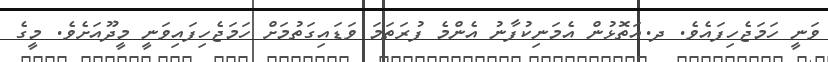
ވަނީ ހަމަޖެހިފައެވެ. ދ.އަތޮޅުން އެމަނިކުފާނު އެންމެ ފުރަތަމަ ވަޑައިގަތުމަށް ހަމަޖެހިފައިވަނީ މީދޫއަށެވެ. މީގެ